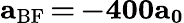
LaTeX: \mathbf{a_{\mathrm{BF}}\, {=}\, {-}400a_{0}}